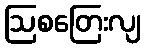
ဩစတြေးလျ